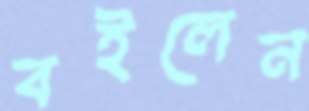
বইলেন